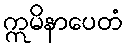
ဣမိနာပေတံ